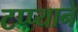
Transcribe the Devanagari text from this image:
टप्प्याने